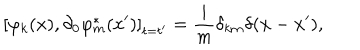
\left[ \varphi _ { k } ( x ) , \partial _ { 0 } \varphi _ { m } ^ { * } ( x ^ { \prime } ) \right] _ { t = t ^ { \prime } } = \frac { i } { m } \delta _ { k m } \delta ( \mathbf { x } - \mathbf { x } ^ { \prime } ) ,